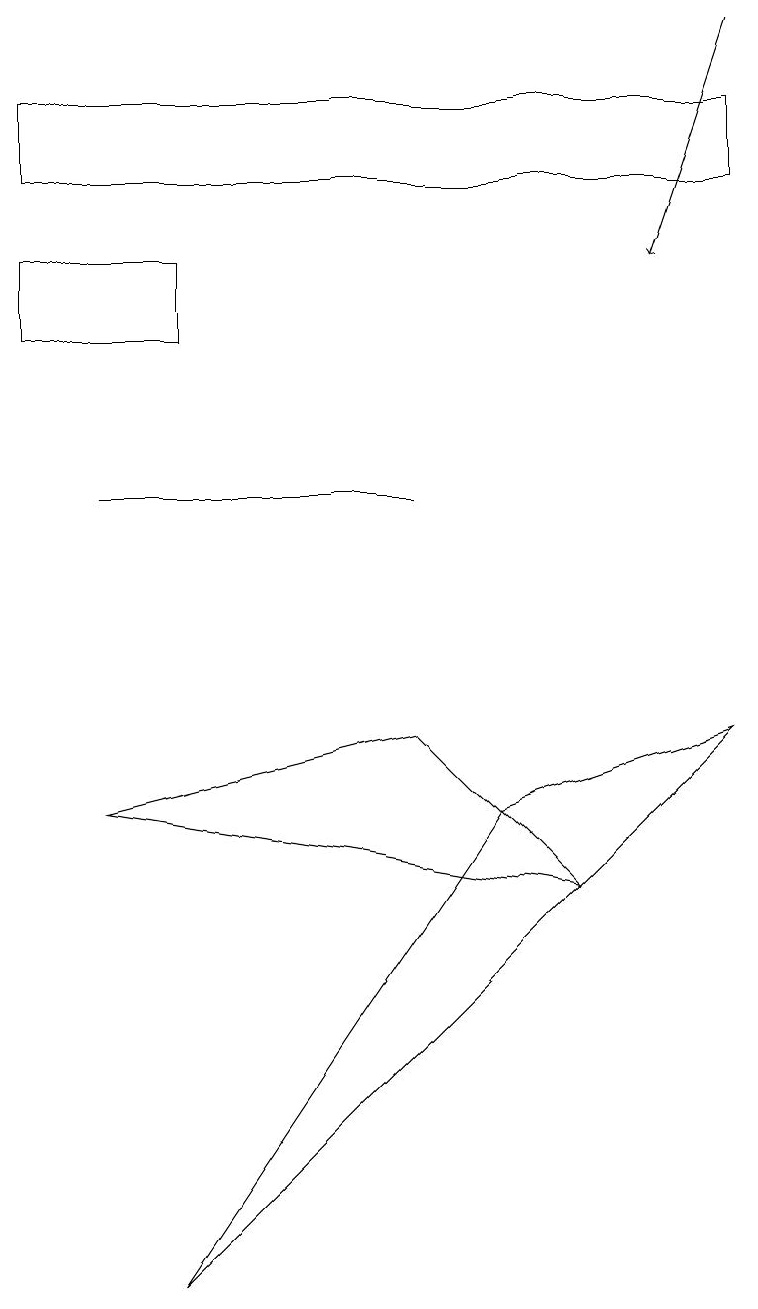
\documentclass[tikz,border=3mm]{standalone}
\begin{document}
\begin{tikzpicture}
\draw (1,7) -- (5,8) -- (7,6) -- cycle;
\draw[->] (9,17) -- (8,14);
\draw (1,11) rectangle (5,11);
\draw (0,15) rectangle (9,16);
\draw (2,13) rectangle (0,14);
\draw (2,1) -- (6,7) -- (9,8) -- cycle;
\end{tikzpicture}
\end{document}